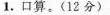
1.口算。(12分)